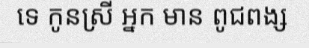
ទេ កូនស្រី អ្នក មាន ពូជពង្ស